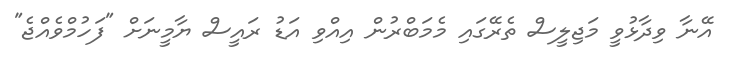
އޭނާ ވިދާޅުވީ މަޖިލީސް ތެރޭގައި މެމަބްރުން އިއްވި އަޑު ރައީސް ޔާމީނަށް "ފަހުމްވެއްޖެ"